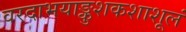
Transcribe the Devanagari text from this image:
वरदाभयाङ्कुशकशाशूलं